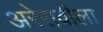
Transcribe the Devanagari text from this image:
अरेरावीला